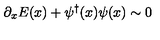
\partial _ { x } E ( x ) + \psi ^ { \dagger } ( x ) \psi ( x ) \sim 0